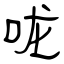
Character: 咙